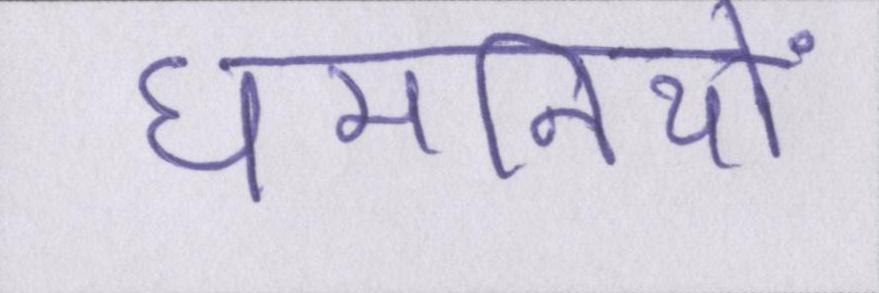
धमनियों